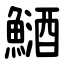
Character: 鿐